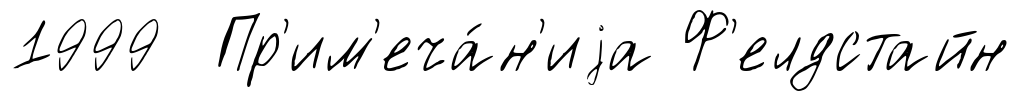
1999 Пр'им'еча́н'иjа Ф'елдстайн